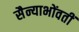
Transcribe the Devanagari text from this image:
सैन्याभोंवतीं